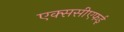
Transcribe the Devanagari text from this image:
एक्ससीएफई